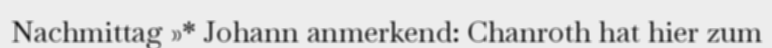
Nachmittag »* Johann anmerkend: Chanroth hat hier zum